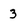
Character: 3